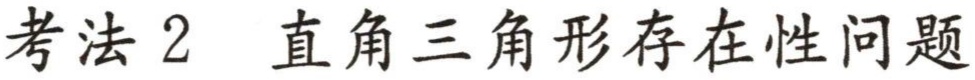
考法 2 直角三角形存在性问题